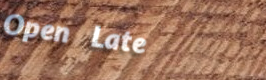
Open Late